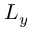
L _ { y }